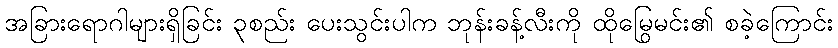
အခြားရောဂါများရှိခြင်း ၃စည်း ပေးသွင်းပါက ဘုန်းခန့်လီးကို ထိုမြွေမင်း၏ စခဲ့ကြောင်း